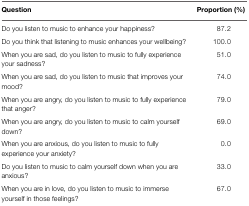
<table><thead><tr><td><b>Question</b></td><td><b>Proportion (%)</b></td></tr></thead><tbody><tr><td>Do you listen to music to enhance your happiness?</td><td>87.2</td></tr><tr><td>Do you think that listening to music enhances your wellbeing?</td><td>100.0</td></tr><tr><td>When you are sad, do you listen to music to fully experience your sadness?</td><td>51.0</td></tr><tr><td>When you are sad, do you listen to music that improves your mood?</td><td>74.0</td></tr><tr><td>When you are angry, do you listen to music to fully experience that anger?</td><td>79.0</td></tr><tr><td>When you are angry, do you listen to music to calm yourself down?</td><td>69.0</td></tr><tr><td>When you are anxious, do you listen to music to fully experience your anxiety?</td><td>0.0</td></tr><tr><td>Do you listen to music to calm yourself down when you are anxious?</td><td>33.0</td></tr><tr><td>When you are in love, do you listen to music to immerse yourself in those feelings?</td><td>67.0</td></tr></tbody></table>